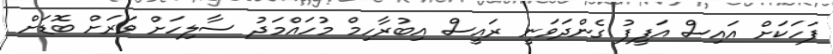
ފަހަކަށް އައިސް އަފީފު ގެންދަވަނީ ރައީސް އިބުރާހިމް މުހައްމަދު ސާލިހަށް ވަރަށް ބޮޑަށް